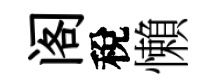
阁稅懶